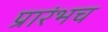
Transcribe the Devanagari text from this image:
प्रारंभच